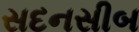
સદનસીબ